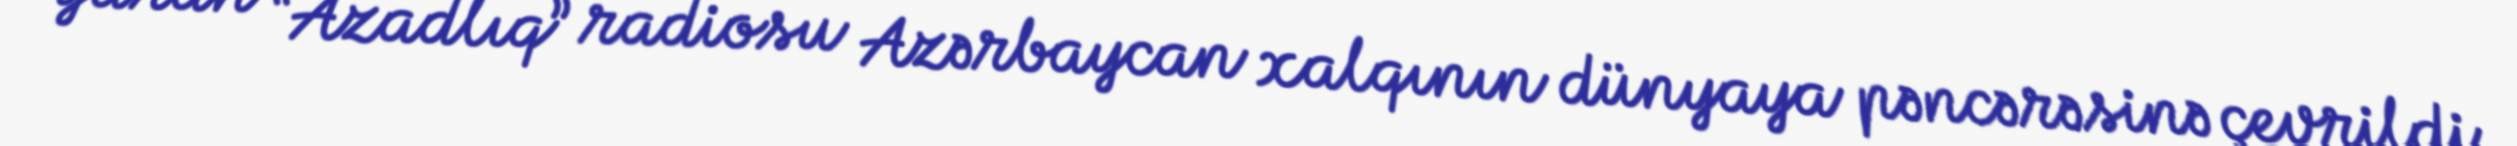
yaran “Azadlıq” radiosu Azərbaycan xalqının dünyaya pəncərəsinə çevrildi.